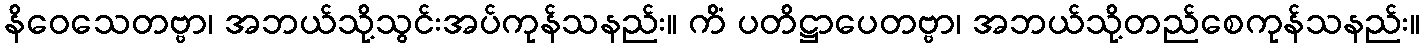
နိဝေသေတဗ္ဗာ၊ အဘယ်သို့သွင်းအပ်ကုန်သနည်း။ ကိံ ပတိဋ္ဌာပေတဗ္ဗာ၊ အဘယ်သို့တည်စေကုန်သနည်း။